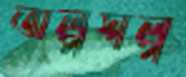
অল্পস্বল্প